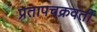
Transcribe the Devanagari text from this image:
प्रतापचक्रवर्ती